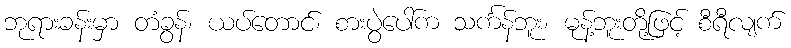
ဘုရားခန်းမှာ တံခွန်၊ ယပ်တောင်၊ စားပွဲပေါ်က သင်္ကန်ဘူး၊ မုန့်ဘူးတို့ဖြင့် စီရီလျက်